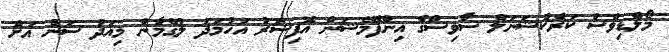
މޯލްޑިވްސް ކަރެކްޝަނަލް ސާވިސްގެ އިންފޮމޭޝަން އޮފިސަރު އަހުމަދު ލުގްމާން މިއަދު ސަން އަށް